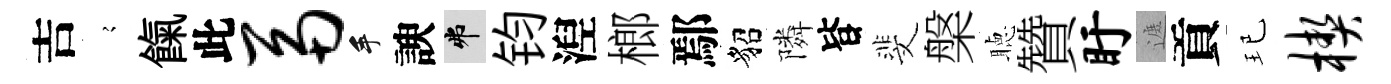
吉𡪹餼此鬲手諛弗钧湼榔鄢貂隣𣅜斐槃聴贊盱遮貢玘楔